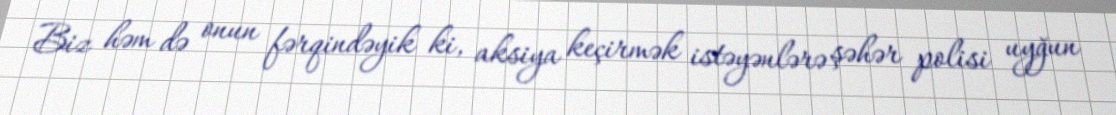
Biz həm də onun fərqindəyik ki, aksiya keçirmək istəyənlərə şəhər polisi uyğun